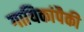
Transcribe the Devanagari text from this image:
गायिकांपैकी